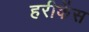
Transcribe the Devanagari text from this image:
हरीकेंस